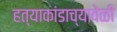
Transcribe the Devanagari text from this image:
हत्याकांडाच्यावेळी